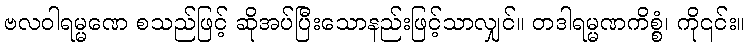
ဗလဝါရမ္မဏေ စသည်ဖြင့် ဆိုအပ်ပြီးသောနည်းဖြင့်သာလျှင်။ တဒါရမ္မဏကိစ္စံ၊ ကို၎င်း။